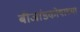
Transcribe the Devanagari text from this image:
बीजांडकोषाच्या